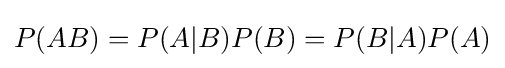
P(AB)=P(A|B)P(B)=P(B|A)P(A)